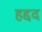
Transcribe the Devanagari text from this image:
हद्दद